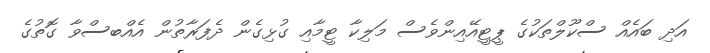
އަދި ބައެއް ސްކޫލްތަކުގެ ޕީޓީއޭއިންވެސް މަލިކާ ޓީމާއި ގުޅިގެން ދެފަރާތުން އެއްބސްވާ ގޮތުގެ